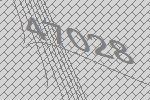
47028